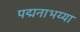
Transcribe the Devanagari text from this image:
पद्मनाभय्या